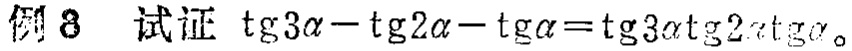
例8 试证 $\mathrm{tg}3\alpha - \mathrm{tg}2\alpha - \mathrm{tg}\alpha=\mathrm{tg}3\alpha\mathrm{tg}2\alpha\mathrm{tg}\alpha$。